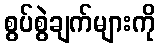
စွပ်စွဲချက်များကို